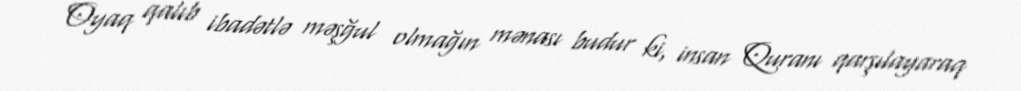
Oyaq qalıb ibadətlə məşğul olmağın mənası budur ki, insan Quranı qarşılayaraq